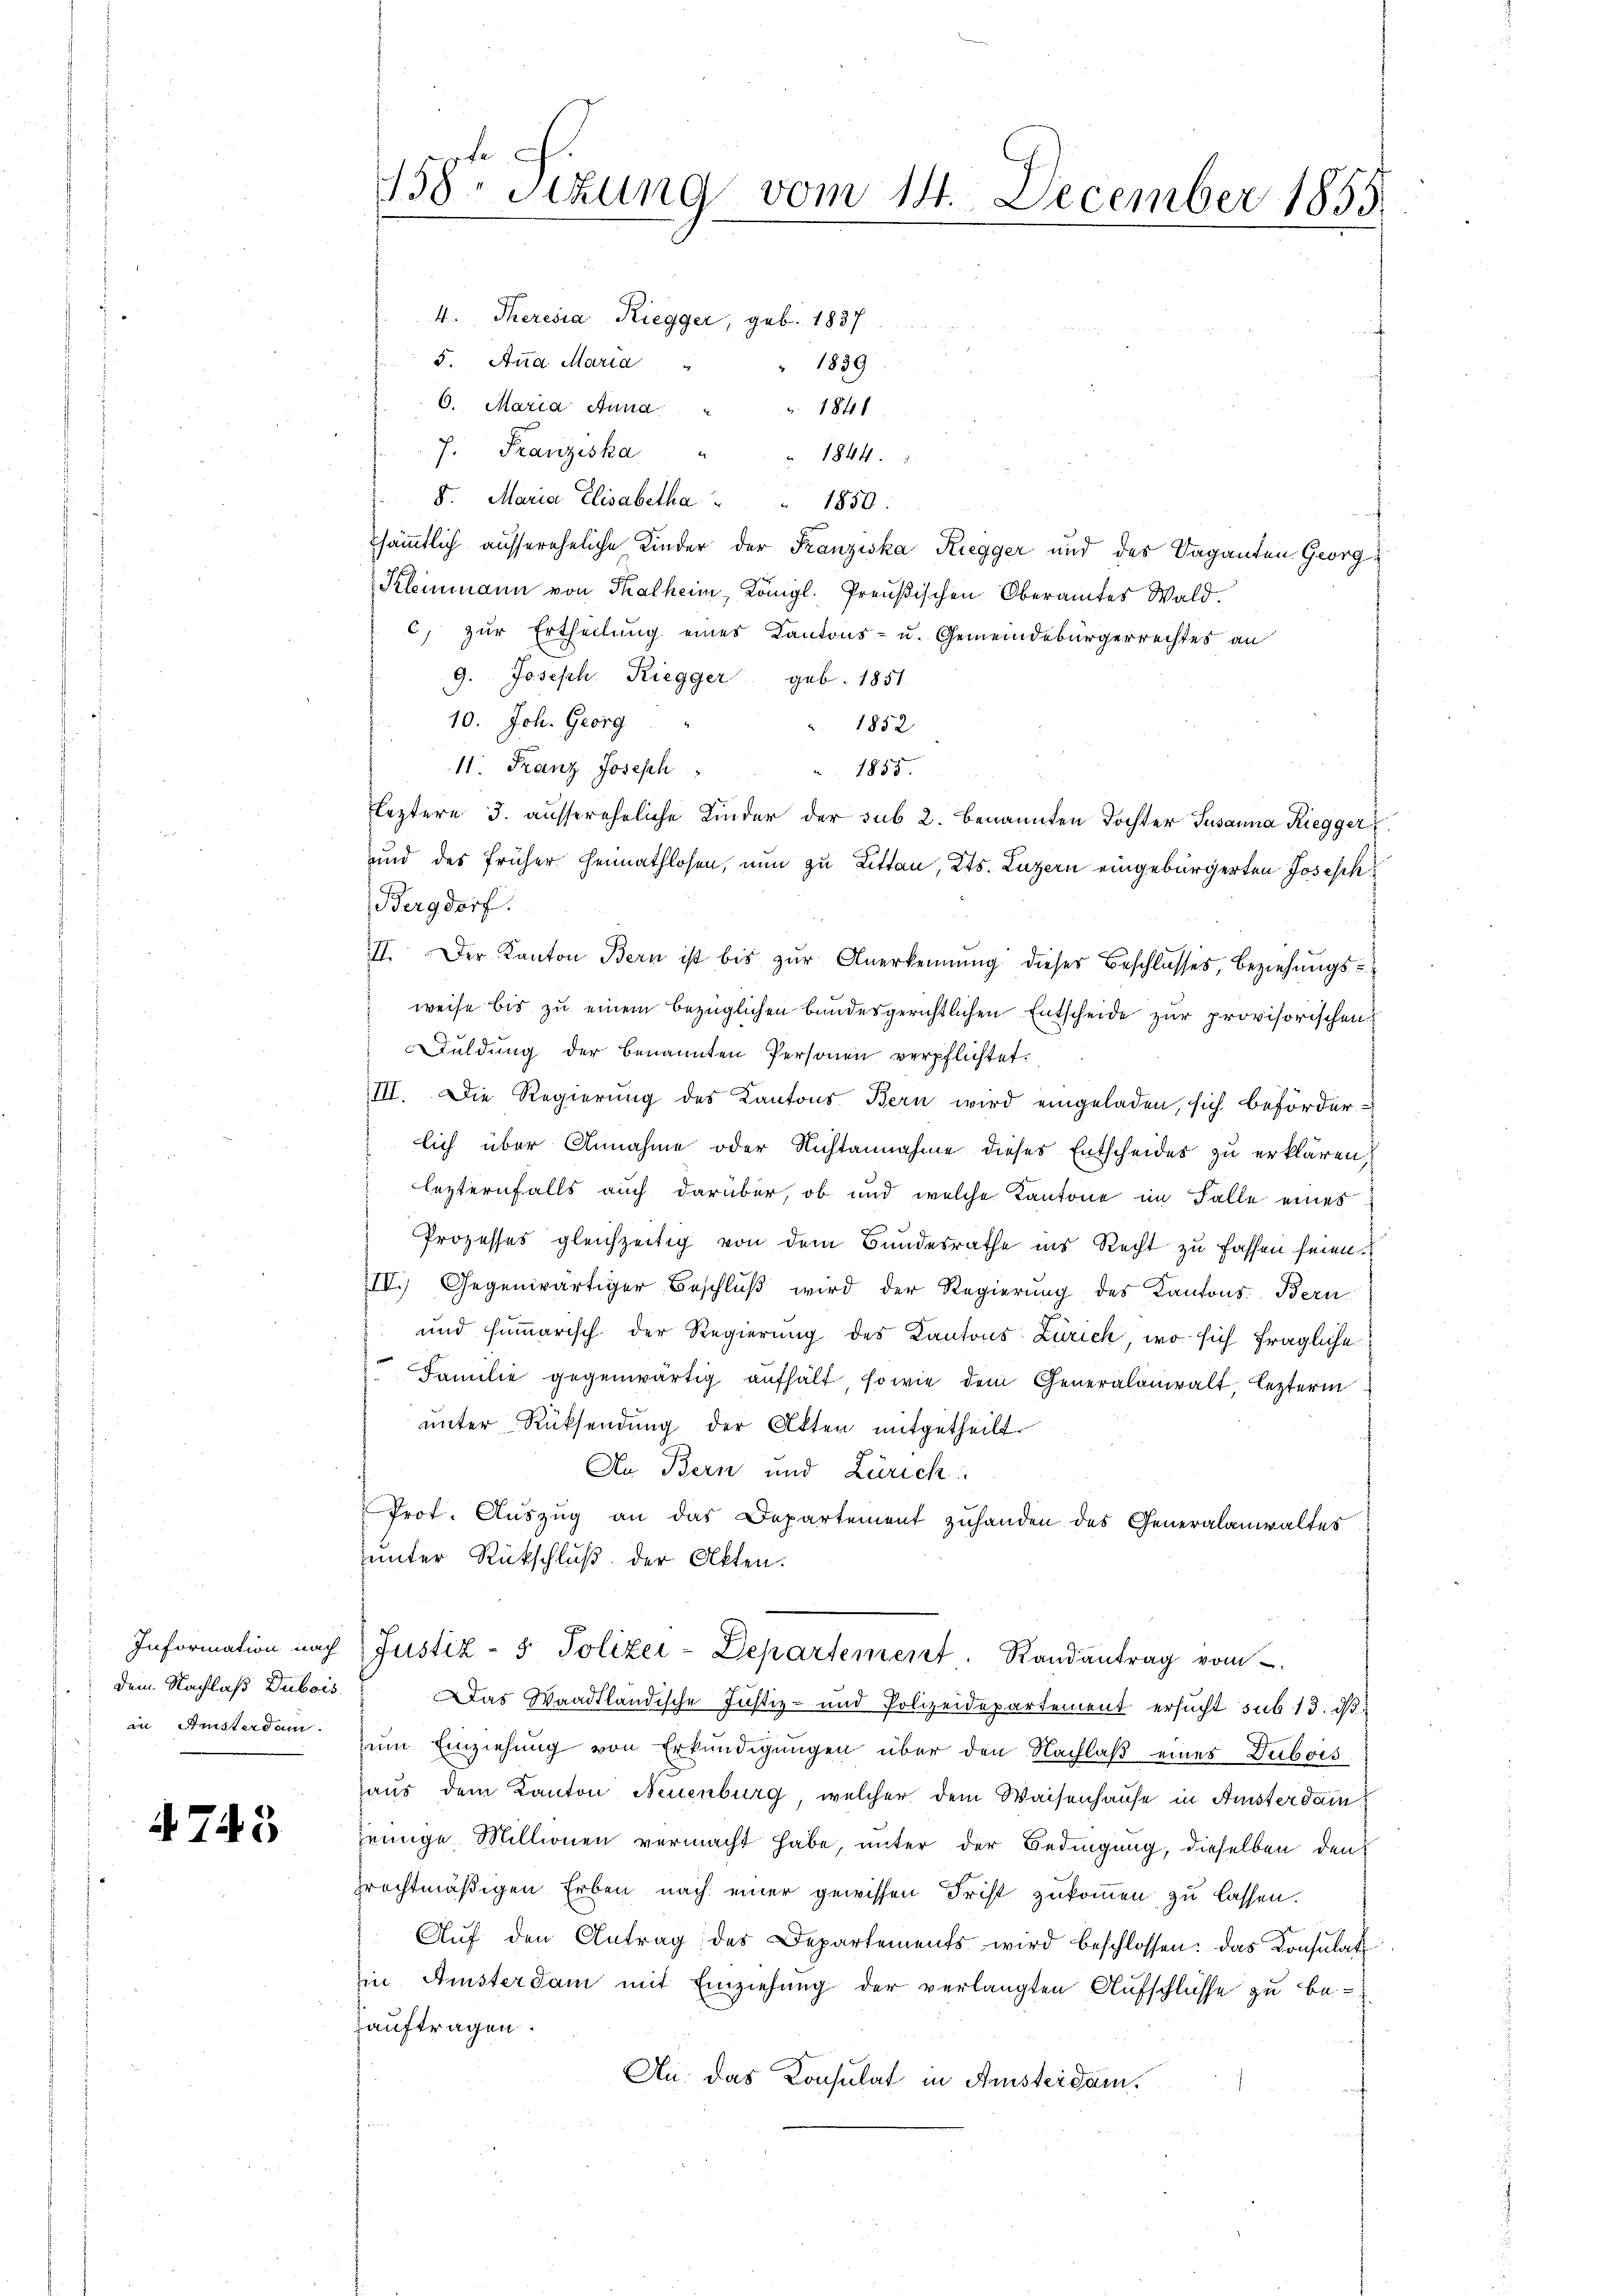
Information nach
dem Nachlaß Dubois
in Aristerdam.

4743

138 schung vom 14. December 1855

4. Theresia Riegger, geb. 1837
5. Aug Maria
1839
6. Maria Anna
1841
7. Franziska
1844.
8. Maria Elisabetha " " 1850:
sämmtlich aussereheliche Kinder der Franziska Riegger und des Vaganten Georg
Kleinmann von Thalheim, Königl. Preußischen Oberamtes Wald.
c) zur Ertheilung eines Kantons- u. Gemeindebürgerrechtes an
9. Joseph Riegger geb. 1851
10. Joh. Georg
1852
11. Franz Joseph
1855.
Fleztere 3. aussereheliche Kinder der sub 2. benannten Tochter Susanna Riegger
und des früher Heimathlosen, nun zu Litten, Kts. Luzern eingebürgerten Josesch
Bergdorf.
II. Der Kanton Bern ist bis zur Anerkennung dieser Beschlusses, Beziehungsweise bis zu einem bezüglichen Bundesgerichtlichen Entscheide zur provisorischen
Duldung der benannten Personen verpflichtet.
III. Die Regierung des Kantons Bern wird eingeladen, sich beförder-
lich über Annahme oder Nichtannahme dieses Entscheides zu erklären,
 lezternfalls auch darüber, ob und welche Kantone im Falle eines
Prozesses gleichzeitig von dem Bundesrathe ins Recht zu fassen seien.
IV.) Gegenwärtiger Beschlŭβ wird der Regierung des Kantons Bern
und summarisch der Regierung des Kantons Zürich, wo sich fragliche
Familie gegenwärtig aufhält, sowie dem Generalanwalt, lezterm
unter Rücksendung der Akten mitgetheilt.
An Bern und Zürich
Prot. Auszug an das Departement zuhanden des Generalanwaltes
unter Rückschluß der Akten.
Justiz- & Polizei-Departement. Randantrag vom
Das Waadtländische Justiz- und Polizeidepartement ersucht sub 13. dβ.
zum Einziehung von Erkundigungen über den Nachlaß eines Dubois
haus dem Kanton Neuenburg, welcher dem Waisenhause in Amsterdam
jenige Millionen vermacht habe, unter der Bedingung, dieselben den
prechtmäßigen Erben nach einer gewissen Frist zukommen zu lassen.
Aŭf den Antrag des Departements wird beschlossen: das Konsulat
in Ansterdam mit Einziehung der verlangten Aufschlüsse zu beauftragen.
An. das Konsulat in Amsterdam.